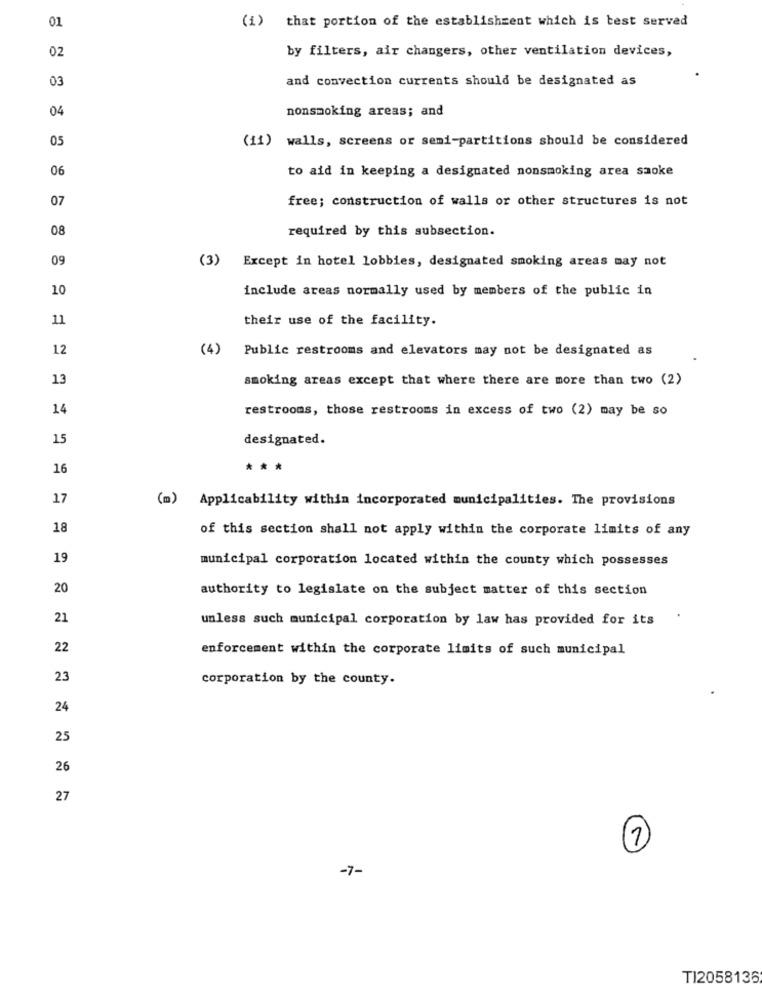
01
(i) that portion of the establishment which is test served
by filters, air changers, other ventilation devices,
02
03
and convection currents should be designated as
04
nonsmoking areas; and
05
(11) walls, screens or semi-partitions should be considered
06
to aid in keeping a designated nonsmoking area saoke
07
free; construction of walls or other structures is not
08
required by this subsection.
09
(3) Except in hotel lobbies, designated smoking areas may not
10
include areas normally used by members of the public in
11
their use of the facility.
12
(4) Public restrooms and elevators may not be designated as
13
smoking areas except that where there are more than two (2)
14
restrooms, those restrooms in excess of two (2) may be so
15
designated.
16
***
17
(m) Applicability within incorporated municipalities. The provisions
18
of this section shall not apply within the corporate limits of any
19
municipal corporation located within the county which possesses
20
authority to legislate on the subject matter of this section
21
unless such municipal corporation by law has provided for its
22
enforcement within the corporate limits of such municipal
23
corporation by the county.
24
25
26
27
7
-7-
TI2058136